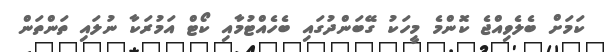
ކަމަށް ބެލެވިއްޖެ ކޮންމެ މީހަކު ގޭބަންދުގައި ބެހެއްޓުމާއި ކޯޓް އަމުރަކާ ނުލައި ތަންތަން